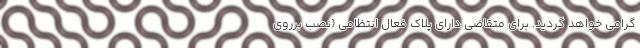
گرامى خواهد گرديد. براي متقاضي داراي پلاك فعال انتظامي (نصب برروي